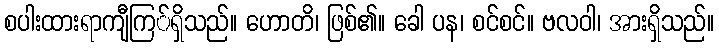
စပါးထားရာကျီကြ်ရှိသည်။ ဟောတိ၊ ဖြစ်၏။ ခေါ ပန၊ စင်စင်။ ဗလဝါ၊ အားရှိသည်။